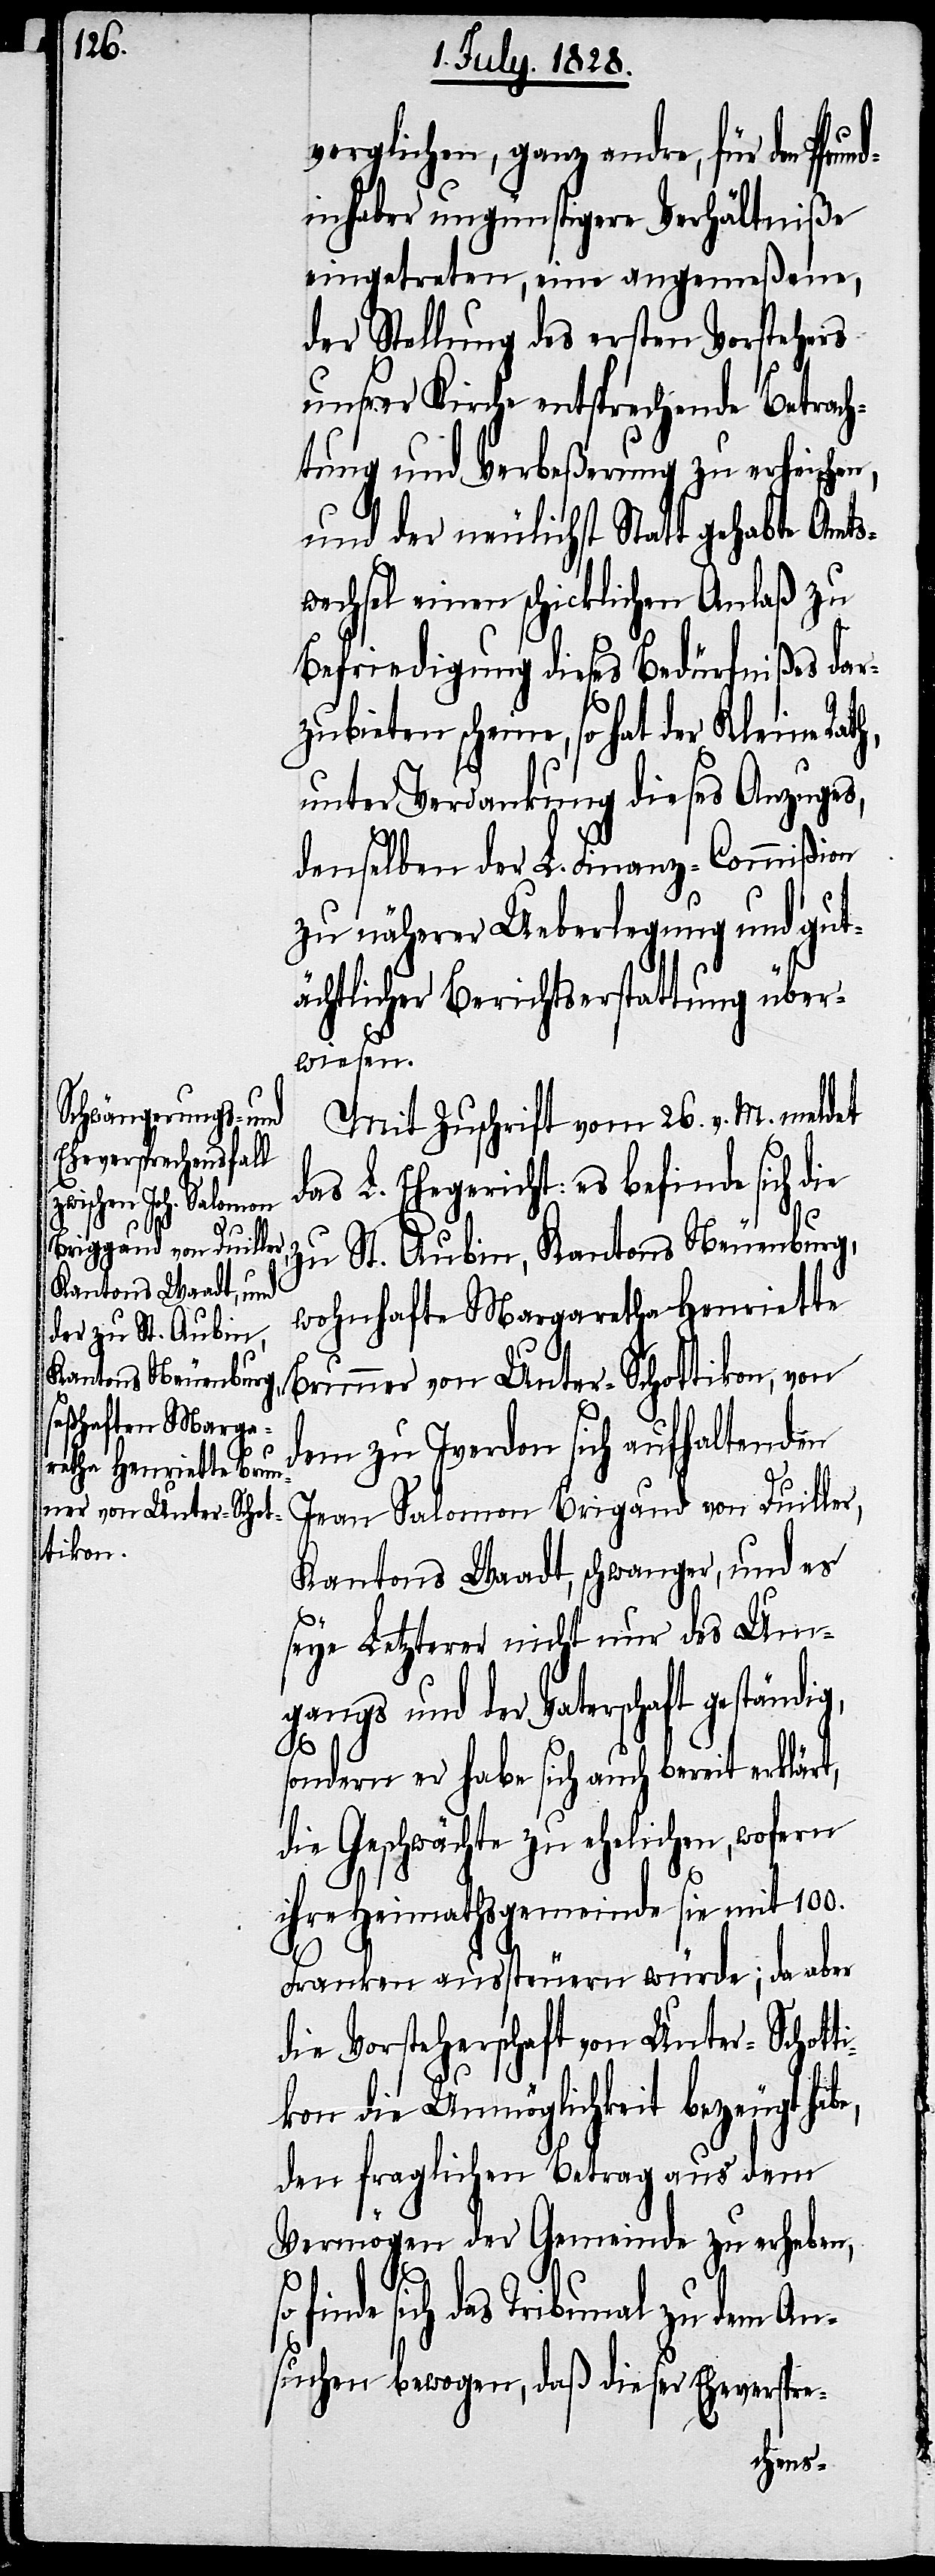
verglichen, ganz andre, für den
inhaber ungünstigere Verhältniße
eingetreten, eine angemeßene,
der Stellung des ersten Vorstehers
unsrer Kirche entsprechende Betrach¬
tung und Verbeßerung zu erheischen,
und der neulichst Statt gehabte Amts¬
wechsel einen schicklichen Anlaß zu
Befriedigung dieses Bedürfnißes dar¬
zubieten scheine, so hat der Kleine
unter Verdankung dieses Anzuges,
e,
denselben der L. Finanz-Commißion
zu näherer Ueberlegung und gut¬
ächtlicher Berichtserstattung über¬
wiesen.
Mit Zuschrift vom 26. v. M. meldet
das L. Ehegericht: es befinde sich d¬
zu St. Aubin, Kantons Neuenburg,
wohnhafte Margaretha Henriette
Brunner von Unter-Schottikon, von
dem zu Iverdon sich aufhaltenden
Ivan Salomon Brigaud von Duiller,
Kantons Waadt, schwanger, und es
seye Letzterer nicht nur des Um¬
gangs und der Vaterschaft geständig,
sondern er habe sich auch bereit erklärt,
die Geschwächte zu ehelichen, wofern
ihre Heimathsgemeinde sie mit 100.
Franken aussteuern würde; da aber
die Vorsteherschaft von Unter-Schott¬
ikon die Unmöglichkeit bezeugt hab¬
den fraglichen Betrag aus dem
Vermögen der Gemeinde zu erheben,
finde sich das Tribunal zu dem An¬
suchen bewogen, daß dieser Eheverspre-
Pfrund¬